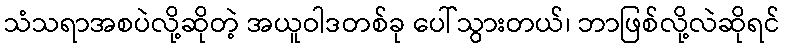
သံသရာအစပဲလို့ဆိုတဲ့ အယူဝါဒတစ်ခု ပေါ်သွားတယ်၊ ဘာဖြစ်လို့လဲဆိုရင်